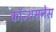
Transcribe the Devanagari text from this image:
कॉन्शसनेस